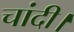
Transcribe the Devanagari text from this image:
चांदी।